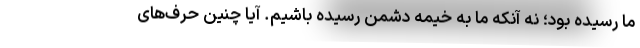
ما رسیده بود؛ نه آنکه ما به خیمه دشمن رسیده باشیم. آیا چنین حرف‌های